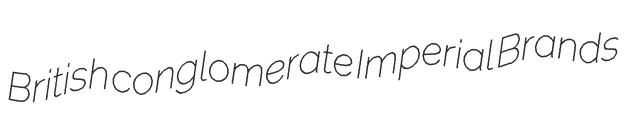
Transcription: British conglomerate Imperial Brands